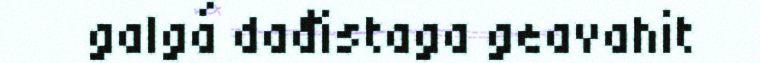
galgá dađistaga geavahit